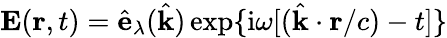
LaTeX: \mathbf{E}(\mathbf{r},t)=\hat{\mathbf{e}}_{\lambda}(\hat{\mathbf{k}})\exp\{ {\mathrm{i}\omega[(\hat{\mathbf{k}}\cdot\mathbf{r}/c)-t}]\}